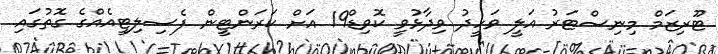
ޓޫރިޒަމް މިނިސްޓަރު އަލީ ވަހީދު ވިދާޅުވީ ކޮވިޑް19 އަށް ކަރަންޓީން ފެސިލިޓީއެއްގެ ގޮތުގައި